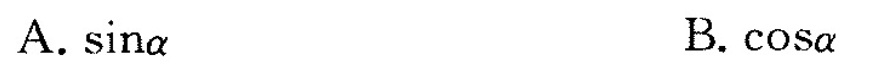
A. sina B. cosa